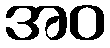
အဝ